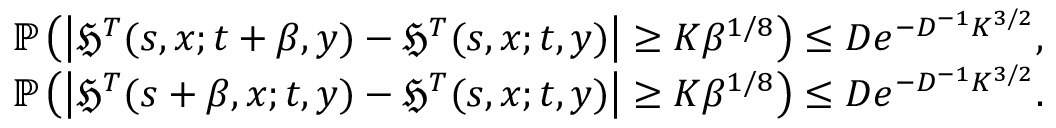
\begin{array} { r } { \mathbb { P } \left( \left| \mathfrak { H } ^ { T } ( s , x ; t + \beta , y ) - \mathfrak { H } ^ { T } ( s , x ; t , y ) \right| \geq K \beta ^ { 1 / 8 } \right) \leq D e ^ { - D ^ { - 1 } K ^ { 3 / 2 } } , } \\ { \mathbb { P } \left( \left| \mathfrak { H } ^ { T } ( s + \beta , x ; t , y ) - \mathfrak { H } ^ { T } ( s , x ; t , y ) \right| \geq K \beta ^ { 1 / 8 } \right) \leq D e ^ { - D ^ { - 1 } K ^ { 3 / 2 } } . } \end{array}